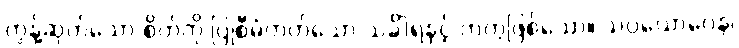
တွန့်ဆုတ်သော စိတ်ကို ပြုစီမံတတ်သော သင်္ခါရနှင့် တကွဖြစ်သော။ သပ္ပယောဂေန၊